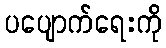
ပပျောက်ရေးကို